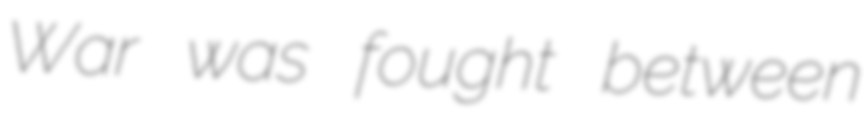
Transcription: War was fought between